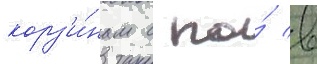
корз'и́нам с по́ в